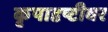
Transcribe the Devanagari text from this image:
कृपादृष्टीवर